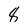
Character: 8